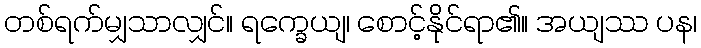
တစ်ရက်မျှသာလျှင်။ ရက္ခေယျ၊ စောင့်နိုင်ရာ၏။ အယျဿ ပန၊